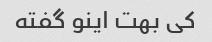
کی بهت اینو گفته